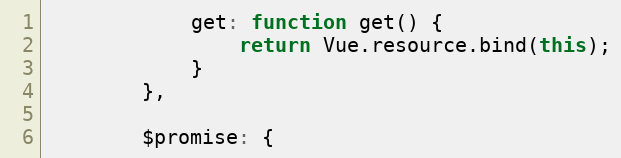
Language: JavaScript
            get: function get() {
                return Vue.resource.bind(this);
            }
        },

        $promise: {